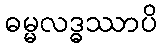
ဓမ္မလဒ္ဓဿာပိ